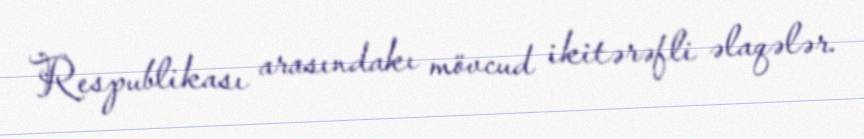
Respublikası arasındakı mövcud ikitərəfli əlaqələr.